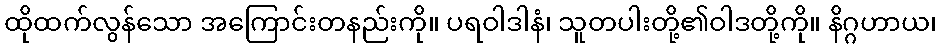
ထိုထက်လွန်သော အကြောင်းတနည်းကို။ ပရဝါဒါနံ၊ သူတပါးတို့၏ဝါဒတို့ကို။ နိဂ္ဂဟာယ၊